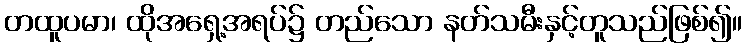
တထူပမာ၊ ထိုအရှေ့အရပ်၌ တည်သော နတ်သမီးနှင့်တူသည်ဖြစ်၍။